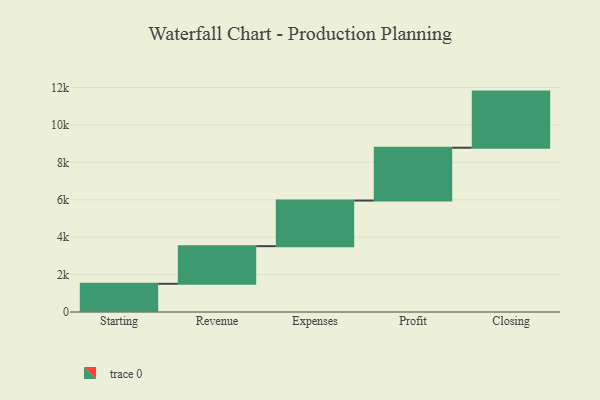
{"axis": {"x": "Step", "y": "Value"}, "legend": [""], "data": [{"x": "Starting", "y": 1508.0, "type": ""}, {"x": "Revenue", "y": 2011.0, "type": ""}, {"x": "Expenses", "y": 2438.0, "type": ""}, {"x": "Profit", "y": 2823.0, "type": ""}, {"x": "Closing", "y": 3000, "type": ""}]}